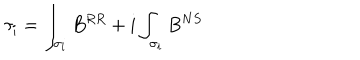
\tau _ { i } = \int _ { \sigma _ { i } } B ^ { R R } + i \int _ { \sigma _ { i } } B ^ { N S }